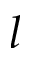
l